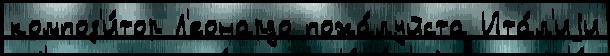
композ'и́тор Л'еонардо пожа́луйста Ита́л'иjи